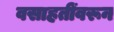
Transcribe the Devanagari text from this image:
वसाहतींवरून